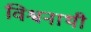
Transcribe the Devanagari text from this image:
विश्वनाथी